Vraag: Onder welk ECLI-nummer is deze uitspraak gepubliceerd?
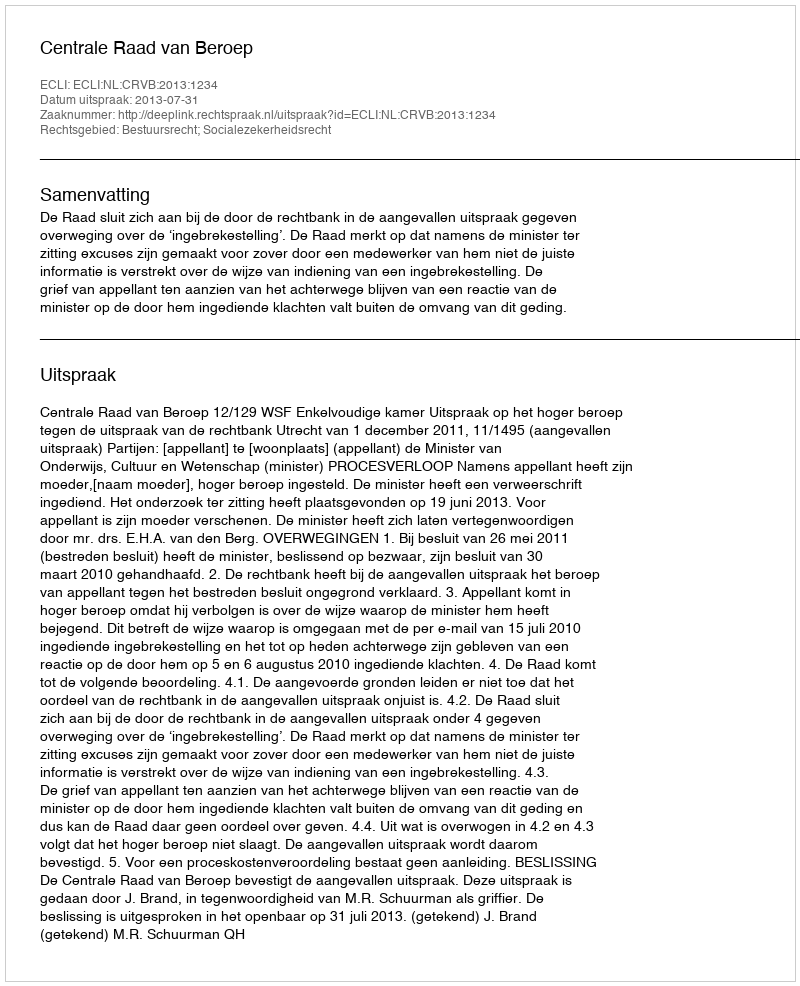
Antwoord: ECLI:NL:CRVB:2013:1234